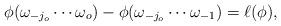
LaTeX: \begin{align*}\phi(\omega_{-j_o} \cdots \omega_{o}) - \phi(\omega_{-j_o} \cdots \omega_{-1}) = \ell(\phi),\end{align*}